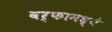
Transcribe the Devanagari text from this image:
बर्फामध्ये